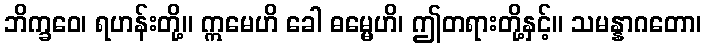
ဘိက္ခဝေ၊ ရဟန်းတို့။ ဣမေဟိ ခေါ ဓမ္မေဟိ၊ ဤတရားတို့နှင့်။ သမန္နာဂတော၊